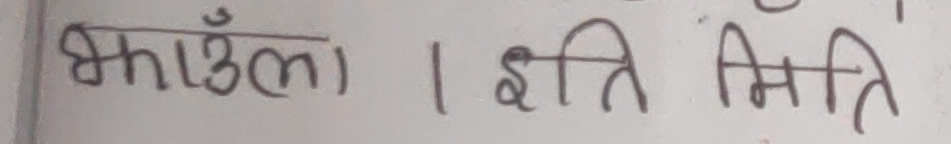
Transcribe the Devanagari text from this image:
झाऊँला । इति मिति